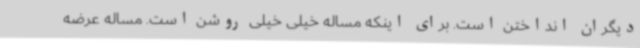
دیگران انداختن است. برای اینکه مساله خیلی خیلی روشن است. مساله عرضه